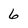
Character: 6